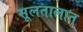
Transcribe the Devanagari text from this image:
सूलतालात